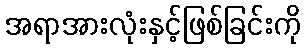
အရာအားလုံးနှင့်ဖြစ်ခြင်းကို